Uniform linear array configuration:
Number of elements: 24
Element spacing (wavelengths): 0.75
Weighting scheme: hamming
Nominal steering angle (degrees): -15
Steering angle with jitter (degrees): -16.517
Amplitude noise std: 0.05
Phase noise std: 0.05

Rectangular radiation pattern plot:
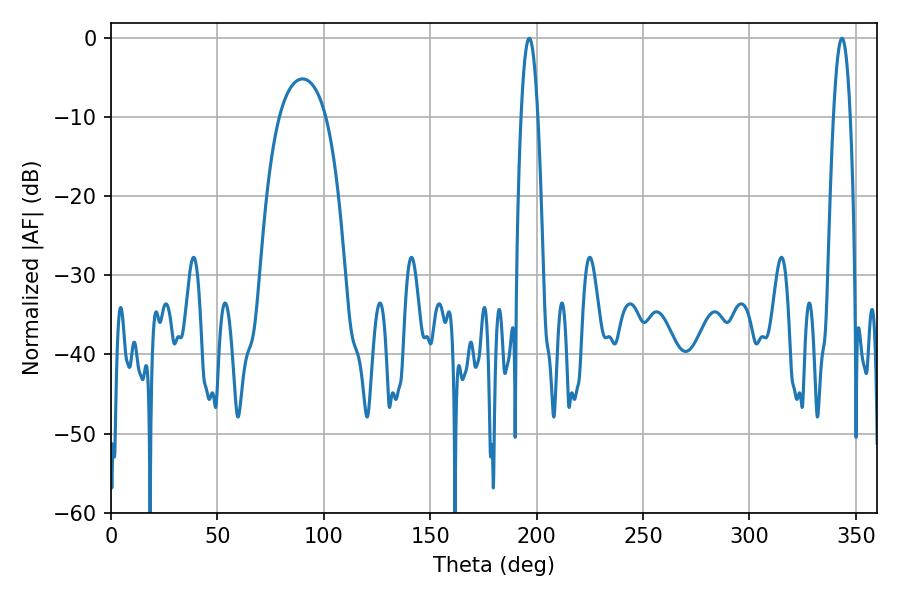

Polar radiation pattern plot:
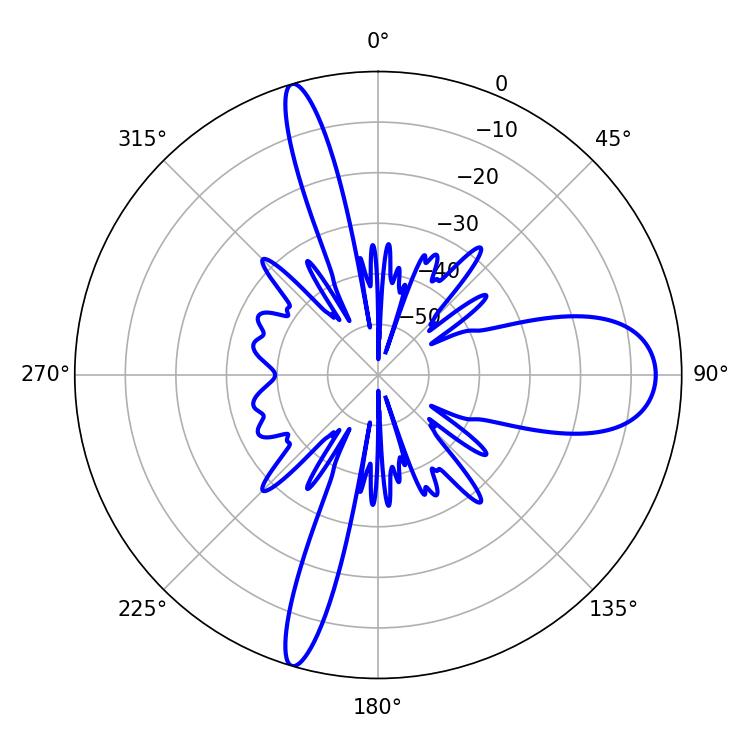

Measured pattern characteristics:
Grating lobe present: TRUE
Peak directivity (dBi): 16.101
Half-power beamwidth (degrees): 4.32
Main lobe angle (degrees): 196.56